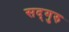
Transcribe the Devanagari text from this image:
सद्‍गुरु